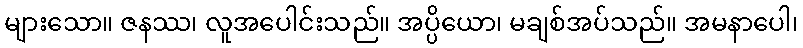
များသော။ ဇနဿ၊ လူအပေါင်းသည်။ အပ္ပိယော၊ မချစ်အပ်သည်။ အမနာပေါ၊